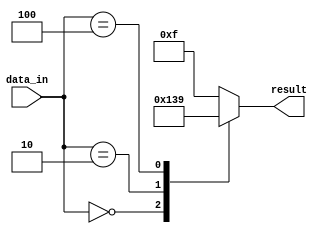
module casez_behavioral(
    input wire [3:0] data_in,
    output reg [3:0] result
);

always @(*) begin
    casez(data_in)
        4'b0000: result = 4'b0001;
        4'b0010: result = 4'b0011;
        4'b0100: result = 4'b1001;
        default: result = 4'b1111;
    endcase
end

endmodule